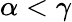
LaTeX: \alpha<\gamma